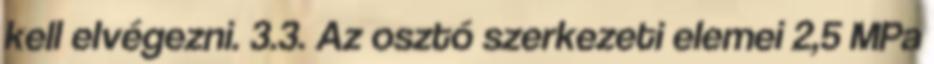
kell elvégezni. 3.3. Az osztó szerkezeti elemei 2,5 MPa